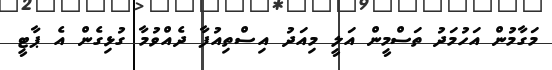
މަގާމުން އަހުމަދު ތަސްމީން އަލީ މިއަދު އިސްތިއުފާ ދެއްވުމާ ގުޅިގެން އެ ޕާޓީ